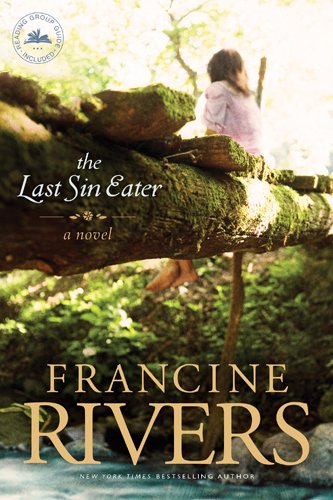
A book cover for The Last Sin Eater; Francine Rivers; Literature & Fiction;